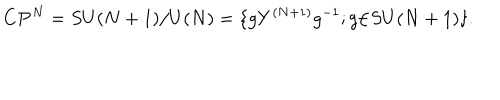
LaTeX: { \bf C } { \bf P } ^ { N } = S U ( N + 1 ) / { U ( N ) } = \{ g Y ^ { ( N + 1 ) } g ^ { - 1 } ; g { \in } S U ( N + 1 ) \} .